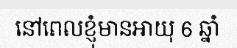
នៅពេលខ្ញុំមានអាយុ 6 ឆ្នាំ